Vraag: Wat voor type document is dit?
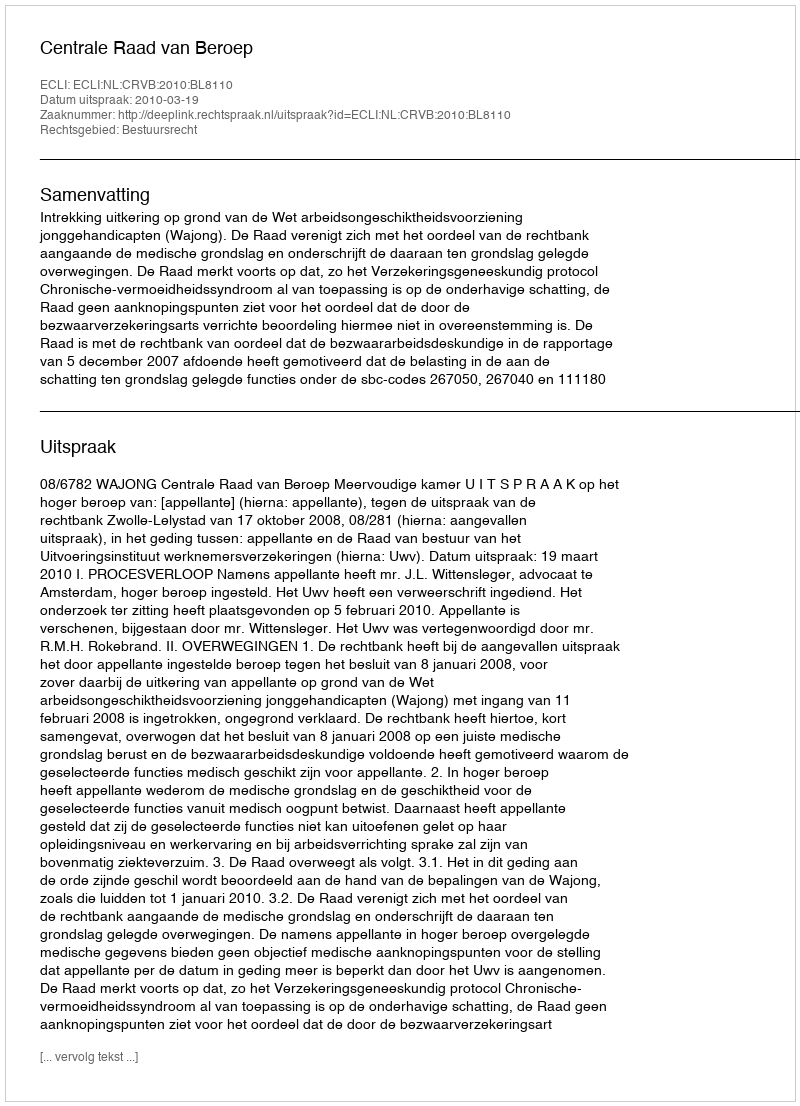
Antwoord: Uitspraak